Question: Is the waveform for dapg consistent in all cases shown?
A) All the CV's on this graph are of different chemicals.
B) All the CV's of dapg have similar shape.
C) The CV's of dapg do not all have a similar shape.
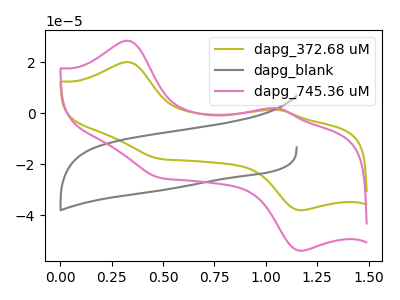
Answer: <think>The olive curve "dapg_372.68 uM" has anodic peaks at (0.35V, 20.15uA) (1.05V, 1.35uA) and cathodic peaks at (1.15V, -38.10uA) (0.50V, -17.90uA). The gray curve "dapg_blank" has no peaks. The pink curve "dapg_745.36 uM" has anodic peaks at (0.35V, 28.55uA) (1.05V, 1.90uA) and cathodic peaks at (1.15V, -54.05uA) (0.50V, -25.35uA).
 "dapg_372.68 uM" and "dapg_blank" have a different number of peaks. All the peaks in "dapg_372.68 uM" have a peak in "dapg_745.36 uM" at the same potential. Every peak in "dapg_372.68 uM" is lower than every peak in "dapg_745.36 uM". "dapg_blank" and "dapg_745.36 uM" have a different number of peaks.</think>
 <answer>B) All the CV's of "dapg" have similar shape.</answer>
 <eval>B</eval>